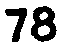
78